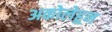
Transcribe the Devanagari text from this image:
अकोलेहून